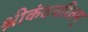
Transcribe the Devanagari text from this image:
श्रीकंठचरितम्